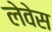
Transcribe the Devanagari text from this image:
लेवेस